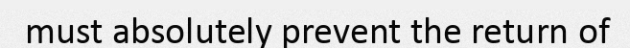
must absolutely prevent the return of